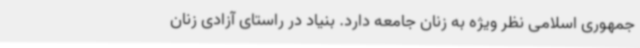
جمهوری اسلامی نظر ویژه به زنان جامعه دارد. بنیاد در راستای آزادی زنان